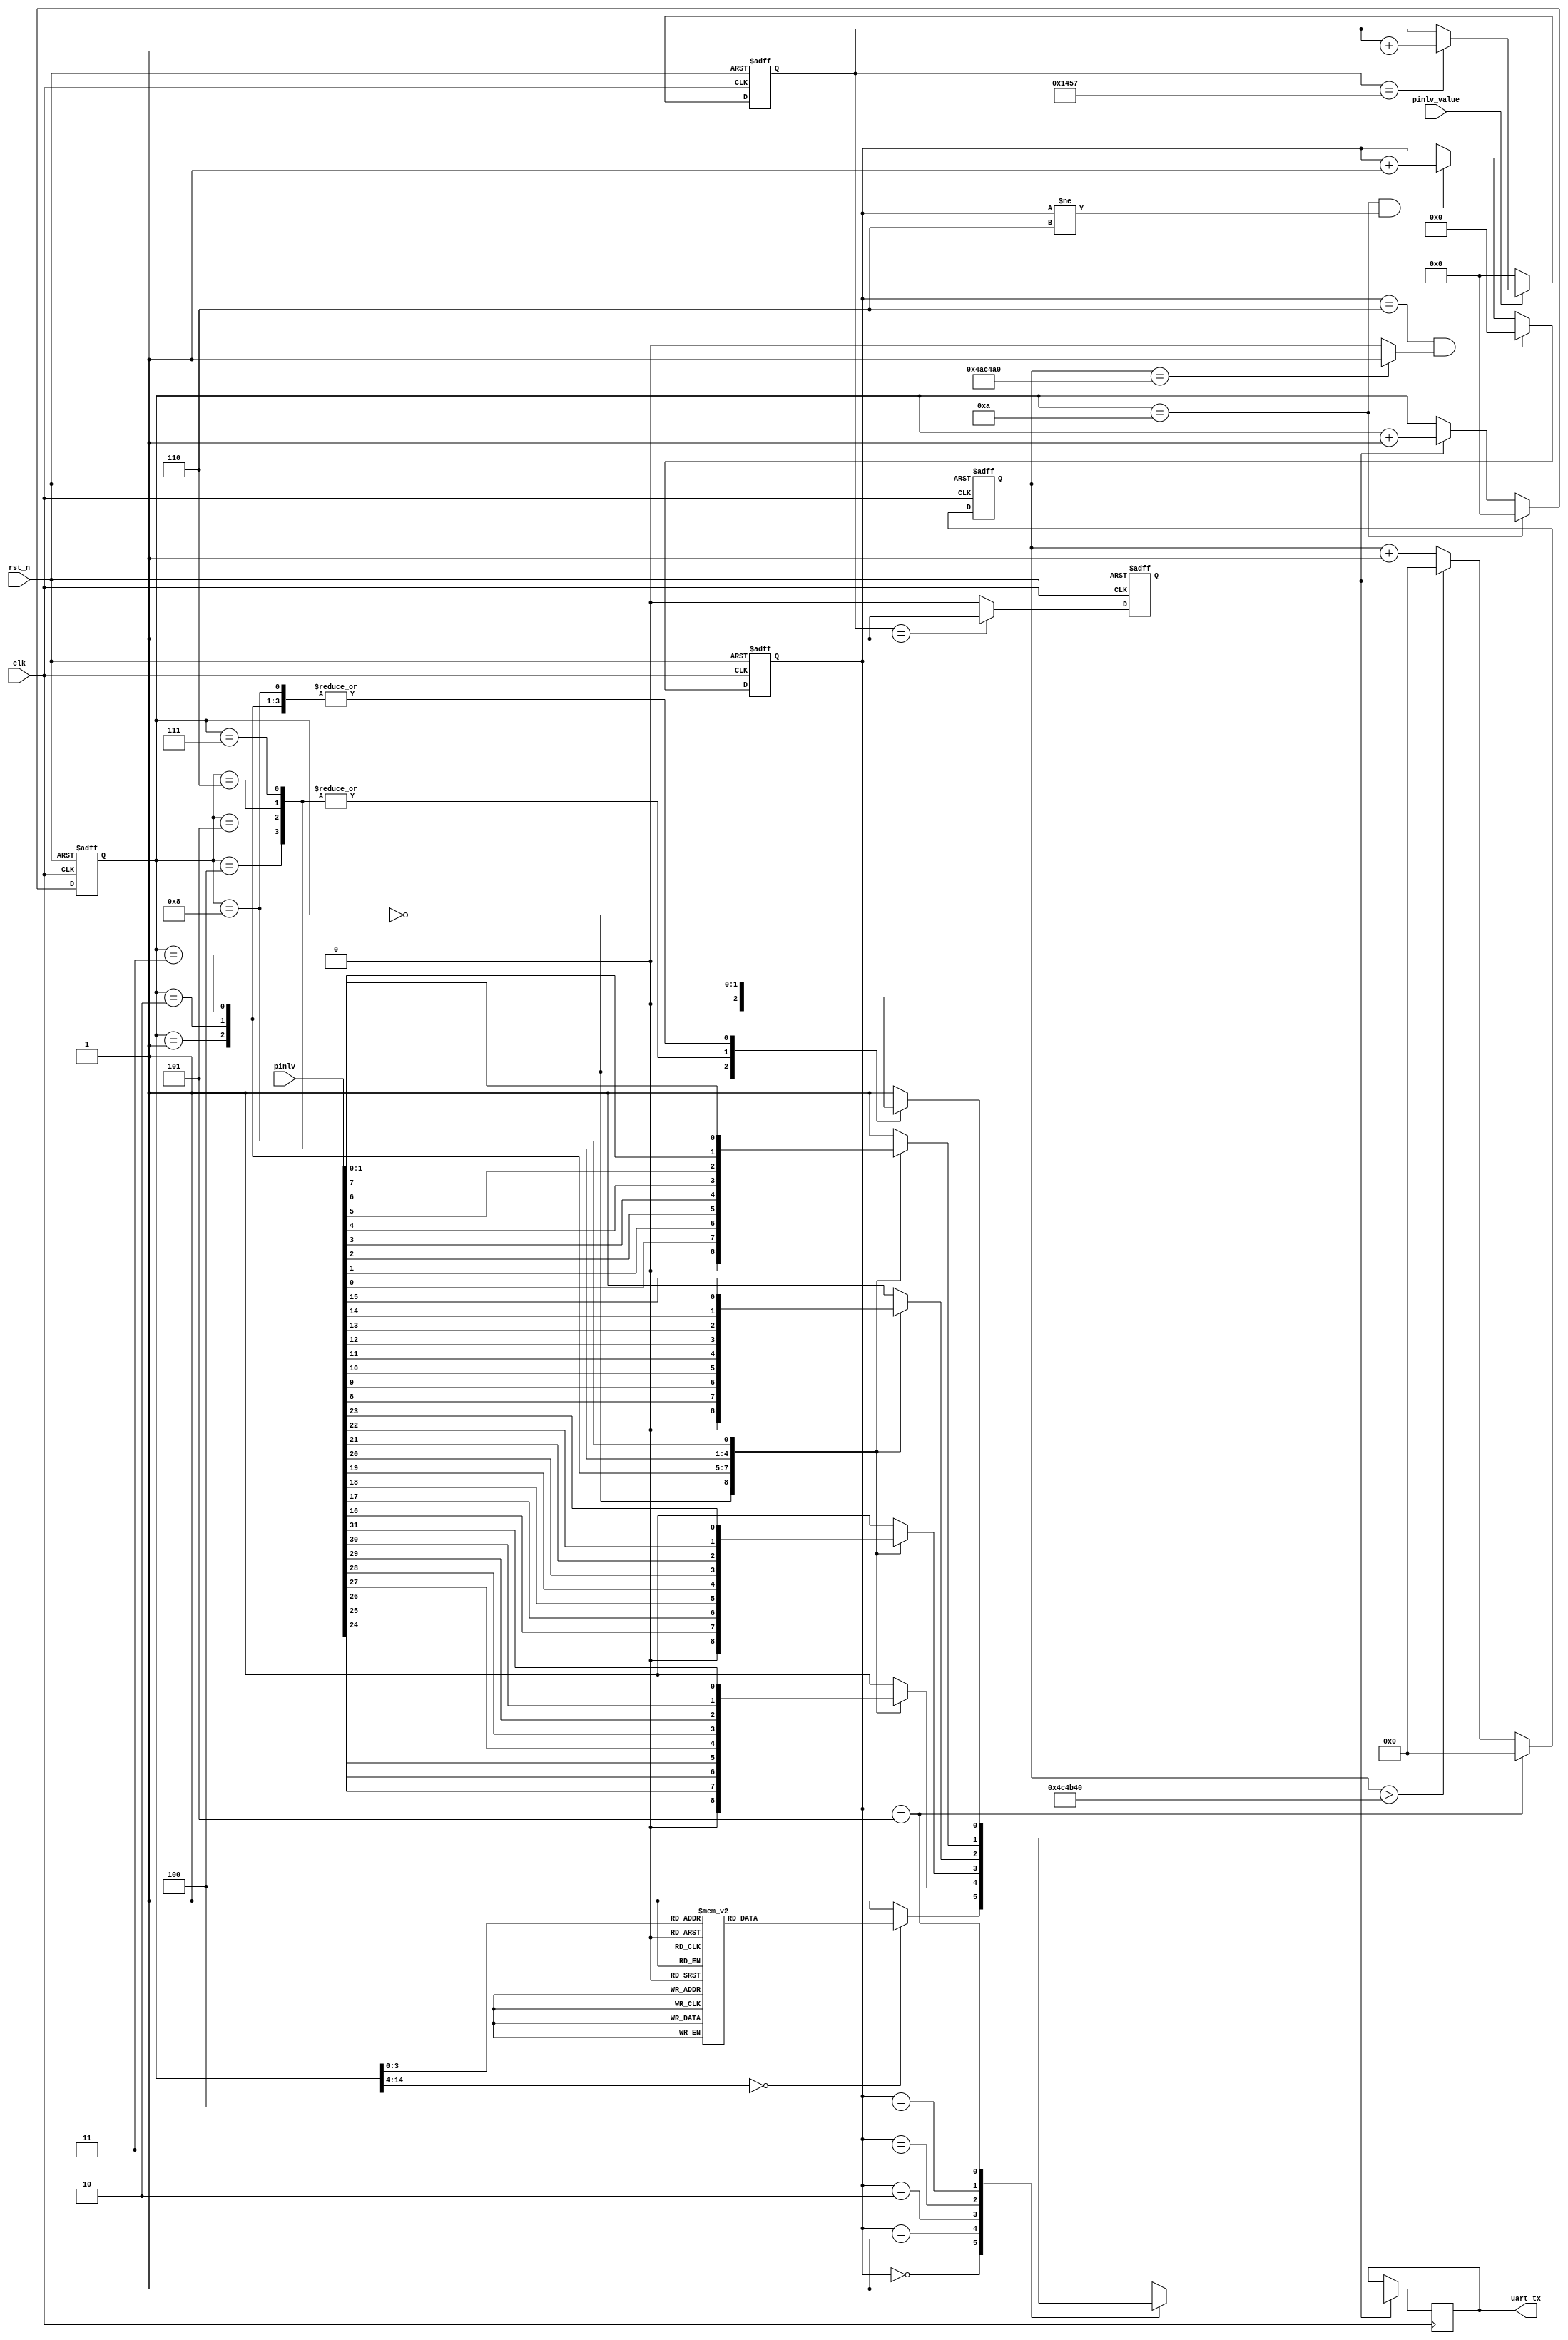
module uart_tx (
    //global clock
    input             clk,
    input             rst_n,
    //uart interface
    output reg        uart_tx,
    //user interface
    input      [31:0] pinlv,
    input             pinlv_value
);

    parameter BPS_9600 = 5208;
    //count for bps_clk
    reg [14:0] cnt_bps_clk;

    always @(posedge clk or negedge rst_n) begin
        if (!rst_n) begin
            cnt_bps_clk <= 1'b0;
        end else if (pinlv_value == 0) begin
            cnt_bps_clk <= 1'b0;
        end else if (cnt_bps_clk == BPS_9600 - 1) begin
            cnt_bps_clk <= cnt_bps_clk + 1'b1;
        end
    end

    reg  [31:0] cnt_bps_stop;
    wire        stop_done;

    always @(posedge clk or negedge rst_n) begin
        if (!rst_n) begin
            cnt_bps_stop <= 0;
        end else if (state == STOP) begin
            cnt_bps_stop <= 0;
        end else if (cnt_bps_stop > 50_000_00) begin
            cnt_bps_stop <= 0;
        end else cnt_bps_stop <= cnt_bps_stop + 1'b1;
    end

    assign stop_done = (cnt_bps_stop == 49_000_00) ? 1 : 0;
    //clk for bps
    reg bps_clk;
    always @(posedge clk or negedge rst_n) begin
        if (!rst_n) begin
            bps_clk <= 1'b0;
        end else if (cnt_bps_clk == 1) begin
            bps_clk <= 1'b1;
        end else bps_clk <= 1'b0;
    end
    //cnt for bps
    reg [14:0] bps_cnt;
    always @(posedge clk or negedge rst_n) begin
        if (!rst_n) begin
            bps_cnt <= 1'b0;
        end else if (bps_cnt == 10) begin
            bps_cnt <= 0;
        end else if (bps_clk) begin
            bps_cnt <= bps_cnt + 1'b1;
        end else bps_cnt <= bps_cnt;
    end
    //tx state
    localparam IDLE = 4'd0;
    localparam TX_1 = 4'd1;
    localparam TX_2 = 4'd2;
    localparam TX_3 = 4'd3;
    localparam TX_4 = 4'd4;
    localparam STOP = 4'd5;
    localparam STOP_1 = 4'd6;
    //cnt state
    reg [3:0] state;
    always @(posedge clk or negedge rst_n) begin
        if (!rst_n) state <= IDLE;
        else if (state == STOP_1 && stop_done) state <= IDLE;
        else if (bps_cnt == 10 && (state != STOP_1)) state <= state + 1'b1;
    end
    //state
    always @(posedge clk) begin
        if (bps_clk) begin
            case (state)
                IDLE : //'t' l -- h 
                begin
                    case (bps_cnt)
                        4'd0: uart_tx <= 0;  //begin

                        4'd1: uart_tx <= 0;  //data
                        4'd2: uart_tx <= 0;
                        4'd3: uart_tx <= 1;
                        4'd4: uart_tx <= 0;
                        4'd5: uart_tx <= 1;
                        4'd6: uart_tx <= 1;
                        4'd7: uart_tx <= 1;
                        4'd8: uart_tx <= 0;

                        4'd9: uart_tx <= 1;  //stop
                        default: uart_tx <= 1;
                    endcase
                end
                TX_1 : //tx_1byte
                begin
                    case (bps_cnt)
                        4'd0: uart_tx <= 0;  //begin

                        4'd1: uart_tx <= pinlv[24];  //data
                        4'd2: uart_tx <= pinlv[25];
                        4'd3: uart_tx <= pinlv[26];
                        4'd4: uart_tx <= pinlv[27];
                        4'd5: uart_tx <= pinlv[28];
                        4'd6: uart_tx <= pinlv[29];
                        4'd7: uart_tx <= pinlv[30];
                        4'd8: uart_tx <= pinlv[31];

                        4'd9: uart_tx <= 1;  //stop
                        default: uart_tx <= 1;
                    endcase
                end
                TX_2 : //tx_1byte
                begin
                    case (bps_cnt)
                        4'd0: uart_tx <= 0;  //begin

                        4'd1: uart_tx <= pinlv[16];  //data
                        4'd2: uart_tx <= pinlv[17];
                        4'd3: uart_tx <= pinlv[18];
                        4'd4: uart_tx <= pinlv[19];
                        4'd5: uart_tx <= pinlv[20];
                        4'd6: uart_tx <= pinlv[21];
                        4'd7: uart_tx <= pinlv[22];
                        4'd8: uart_tx <= pinlv[23];

                        4'd9: uart_tx <= 1;  //stop
                        default: uart_tx <= 1;
                    endcase
                end
                TX_3: begin
                    case (bps_cnt)
                        4'd0: uart_tx <= 0;  //begin

                        4'd1: uart_tx <= pinlv[8];  //data
                        4'd2: uart_tx <= pinlv[9];
                        4'd3: uart_tx <= pinlv[10];
                        4'd4: uart_tx <= pinlv[11];
                        4'd5: uart_tx <= pinlv[12];
                        4'd6: uart_tx <= pinlv[13];
                        4'd7: uart_tx <= pinlv[14];
                        4'd8: uart_tx <= pinlv[15];

                        4'd9: uart_tx <= 1;  //stop
                        default: uart_tx <= 1;
                    endcase
                end
                TX_4: begin
                    case (bps_cnt)
                        4'd0: uart_tx <= 0;  //begin

                        4'd1: uart_tx <= pinlv[0];  //data
                        4'd2: uart_tx <= pinlv[1];
                        4'd3: uart_tx <= pinlv[2];
                        4'd4: uart_tx <= pinlv[3];
                        4'd5: uart_tx <= pinlv[4];
                        4'd6: uart_tx <= pinlv[5];
                        4'd7: uart_tx <= pinlv[6];
                        4'd8: uart_tx <= pinlv[7];

                        4'd9: uart_tx <= 1;  //stop
                        default: uart_tx <= 1;
                    endcase
                end
                STOP: begin
                    case (bps_cnt)
                        4'd0: uart_tx <= 0;  //begin

                        4'd1: uart_tx <= pinlv[0];  //data
                        4'd2: uart_tx <= pinlv[0];
                        4'd3: uart_tx <= pinlv[0];
                        4'd4: uart_tx <= pinlv[1];
                        4'd5: uart_tx <= pinlv[1];
                        4'd6: uart_tx <= pinlv[1];
                        4'd7: uart_tx <= pinlv[1];
                        4'd8: uart_tx <= pinlv[0];

                        4'd9: uart_tx <= 1;  //stop
                        default: uart_tx <= 1;
                    endcase
                end
                STOP_1: begin
                    uart_tx <= 1;
                end
                default: uart_tx <= 1;
            endcase
        end else uart_tx <= uart_tx;
    end

endmodule